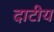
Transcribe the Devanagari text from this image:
दाटीय